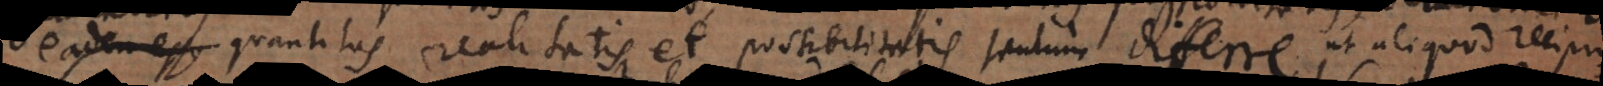
eadem esse quantitas realitatis et possibilitatis tantum differre ut aliquod recipr